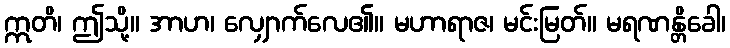
ဣတိ၊ ဤသို့။ အာဟ၊ လျှောက်လေ၏။ မဟာရာဇ၊ မင်းမြတ်။ မရဏန္တိခေါ၊